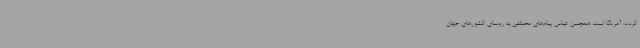
کرده، آمریکا است. همچنین عباس پیام‌های مختلفی به روسای کشورهای جهان